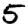
Digit: 5